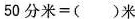
$$5 0 分 米 = ( ) 米$$